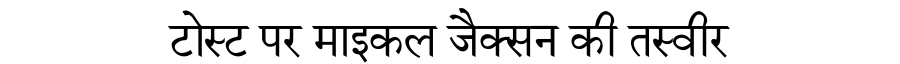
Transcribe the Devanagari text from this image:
टोस्ट पर माइकल जैक्सन की तस्वीर